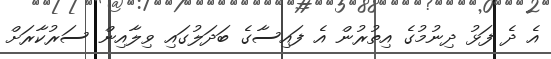
އެ ދެ ފަޅު ދިނުމުގެ އިތުރުން އެ ފައިސާގެ ބަދަލުގައި ވިލާއިން ސަރުކާރަށް